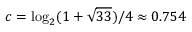
c = \log _ { 2 } ( 1 + { \sqrt { 3 3 } } ) / 4 \approx 0 . 7 5 4